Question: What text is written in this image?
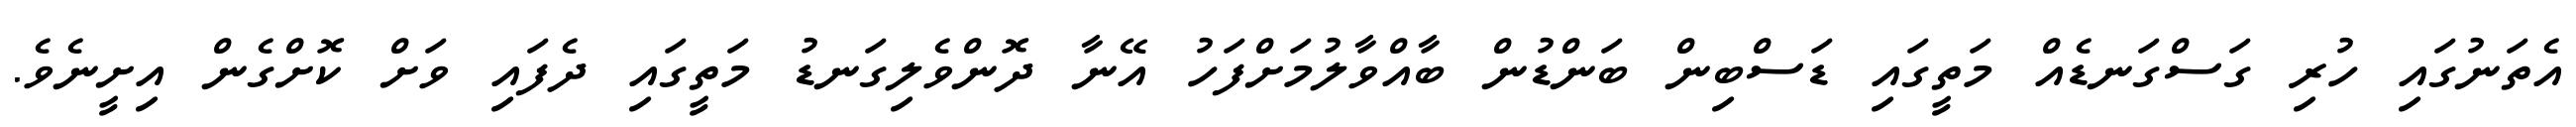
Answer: އެތަނުގައި ހުރި ގަސްގަނޑެއް މަތީގައި ޑަސްބިން ބަންޑުން ބާއްވާލުމަށްފަހު އޭނާ ދޮންވެލިގަނޑު މަތީގައި ދެފައި ވަށް ކޮށްގެން އިށީނެވެ.